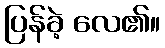
ပြန်ခဲ့ လေ၏။